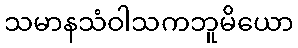
သမာနသံဝါသကဘူမိယော